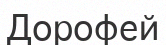
Дорофей